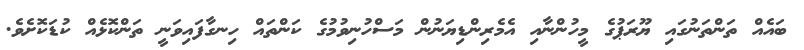
ބައެއް ތަންތަނުގައި ޔޫރަޕުގެ މީހުންނާއި އެމެރިންޑިޔަނުން މަސްހުނިވުމުގެ ކަންތައް ހިނގާފައިވަނީ ތަންކޮޅެއް ކުޑަކޮށެވެ.